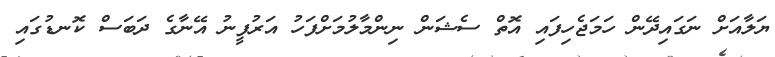
ޔަލާއަށް ނަގައިދޭން ހަމަޖެހިފައި އޮތް ސެޝަން ނިންމާލުމަށްފަހު އަރުފީނު އޭނާގެ ދަބަސް ކޮނޑުގައި